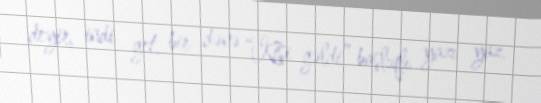
deyir, indi get, bir dənə “Kişi gəldi” başlıqlı yazı yaz.